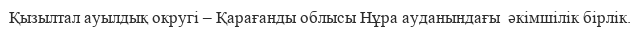
Қызылтал ауылдық округі – Қарағанды облысы Нұра ауданындағы  әкімшілік бірлік.